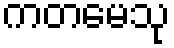
ကတမေသု